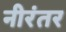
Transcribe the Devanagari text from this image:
नीरंतर